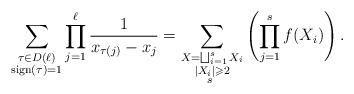
\begin{align*}\sum_{\substack{\tau\in D(\ell)\\\mathrm{sign}(\tau)=1}}\prod_{j=1}^{\ell}\frac{1}{x_{\tau(j)}-x_j}=\sum_{\substack{X=\bigsqcup_{i=1}^{s}X_i\\|X_i|\geqslant 2\\ s\ }}\left(\prod_{j=1}^sf(X_i)\right).\end{align*}